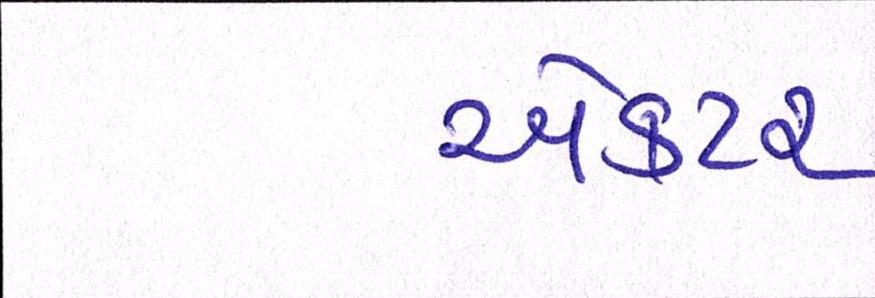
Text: ઍક્ટર